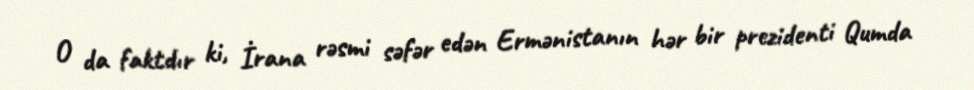
O da faktdır ki, İrana rəsmi səfər edən Ermənistanın hər bir prezidenti Qumda